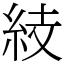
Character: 𥿔